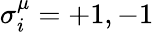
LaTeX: \sigma_{i}^{\mu}=+1,-1